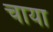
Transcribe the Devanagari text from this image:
चाया